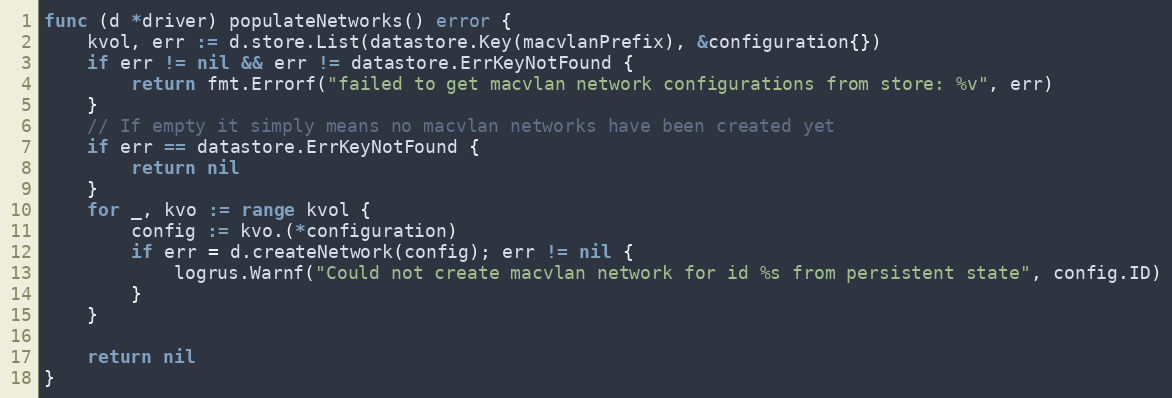
Language: Go
func (d *driver) populateNetworks() error {
	kvol, err := d.store.List(datastore.Key(macvlanPrefix), &configuration{})
	if err != nil && err != datastore.ErrKeyNotFound {
		return fmt.Errorf("failed to get macvlan network configurations from store: %v", err)
	}
	// If empty it simply means no macvlan networks have been created yet
	if err == datastore.ErrKeyNotFound {
		return nil
	}
	for _, kvo := range kvol {
		config := kvo.(*configuration)
		if err = d.createNetwork(config); err != nil {
			logrus.Warnf("Could not create macvlan network for id %s from persistent state", config.ID)
		}
	}

	return nil
}